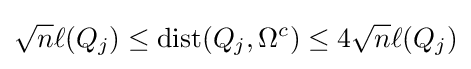
{\sqrt {n}}\ell (Q_{j})\leq \mathrm {dist} (Q_{j},\Omega ^{c})\leq 4{\sqrt {n}}\ell (Q_{j})